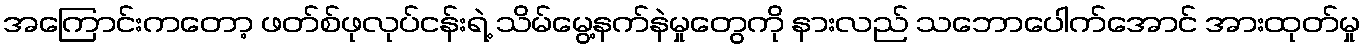
အကြောင်းကတော့ ဖတ်စ်ဖုလုပ်ငန်းရဲ့ သိမ်မွေ့နက်နဲမှုတွေကို နားလည် သဘောပေါက်အောင် အားထုတ်မှု